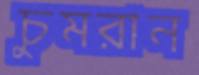
চুমরান